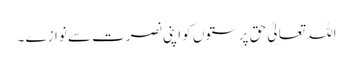
اللہ تعالیٰ حق پرستوں کو اپنی نصرت سے نوازے ۔